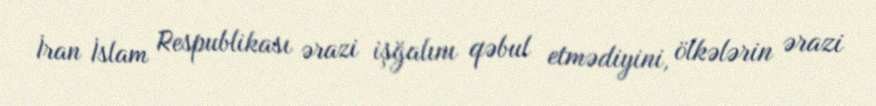
İran İslam Respublikası ərazi işğalını qəbul etmədiyini, ölkələrin ərazi